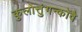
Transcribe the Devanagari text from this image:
कुलोत्तुंगन्कोवै